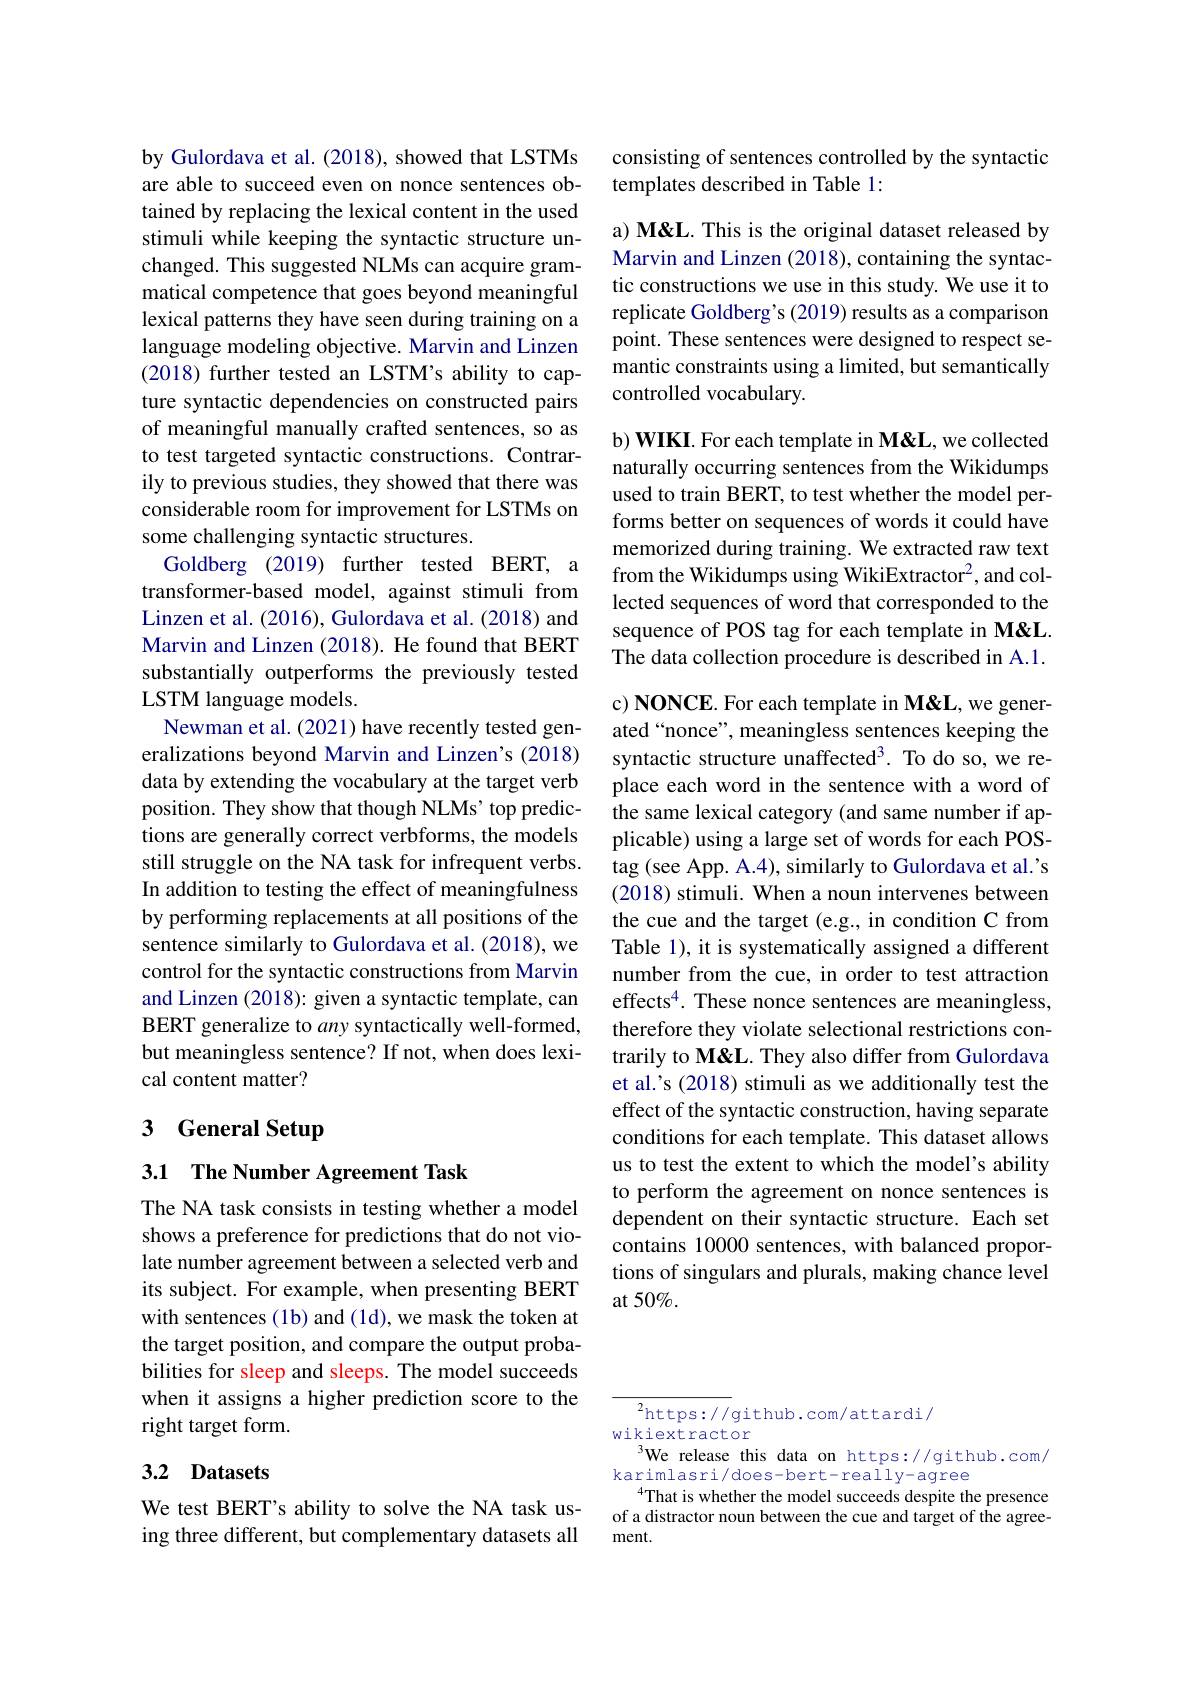
by Gulordava et al. (2018), showed that LSTMs are able to succeed even on nonce sentences obtained by replacing the lexical content in the used stimuli while keeping the syntactic structure unchanged. This suggested NLMs can acquire grammatical competence that goes beyond meaningful lexical patterns they have seen during training on a language modeling objective. Marvin and Linzen (2018) further tested an LSTM's ability to capture syntactic dependencies on constructed pairs of meaningful manually crafted sentences, so as to test targeted syntactic constructions. Contrarily to previous studies, they showed that there was considerable room for improvement for LSTMs on some challenging syntactic structures.
Goldberg (2019) further tested BERT, a transformer-based model, against stimuli from Linzen et al. (2016), Gulordava et al. (2018) and Marvin and Linzen (2018). He found that BERT substantially outperforms the previously tested LSTM language models.
Newman et al. (2021) have recently tested generalizations beyond Marvin and Linzen's (2018) data by extending the vocabulary at the target verb position. They show that though NLMs' top predictions are generally correct verbforms, the models still struggle on the NA task for infrequent verbs. In addition to testing the effect of meaningfulness by performing replacements at all positions of the sentence similarly to Gulordava et al. (2018), we control for the syntactic constructions from Marvin and Linzen (2018): given a syntactic template, can BERT generalize to any syntactically well-formed, but meaningless sentence? If not, when does lexical content matter?

## 3 General Setup

3.1 The Number Agreement Task

The NA task consists in testing whether a model shows a preference for predictions that do not violate number agreement between a selected verb and its subject. For example, when presenting BERT with sentences (1b) and (1d), we mask the token at the target position, and compare the output probabilities for sleep and sleeps. The model succeeds when it assigns a higher prediction score to the right target form.

### 3.2 Datasets

We test BERT's ability to solve the NA task using three different, but complementary datasets all

consisting of sentences controlled by the syntactic
templates described in Table 1:

a) M&L. This is the original dataset released by Marvin and Linzen (2018), containing the syntactic constructions we use in this study. We use it to replicate Goldberg's (2019) results as a comparison point. These sentences were designed to respect semantic constraints using a limited, but semantically controlled vocabulary.

b) WIKI. For each template in M&L, we collected naturally occurring sentences from the Wikidumps used to train BERT, to test whether the model performs better on sequences of words it could have memorized during training. We extracted raw text from the Wikidumps using WikiExtractor$^2$,and collected sequences of word that corresponded to the sequence of POS tag for each template in M&L. The data collection procedure is described in A.1.

c) NONCE. For each template in M&L, we generated“nonce”, meaningless sentences keeping the syntactic structure unaffected3. To do so, we replace each word in the sentence with a word of the same lexical category (and same number if applicable) using a large set of words for each POStag (see App. A.4), similarly to Gulordava et al.'s (2018) stimuli. When a noun intervenes between the cue and the target (e.g., in condition C from Table 1), it is systematically assigned a different number from the cue, in order to test attraction effects$^4.$ These nonce sentences are meaningless, therefore they violate selectional restrictions contrarily to M&L. They also differ from Gulordava et al.'s (2018) stimuli as we additionally test the effect of the syntactic construction, having separate conditions for each template. This dataset allows us to test the extent to which the model's ability to perform the agreement on nonce sentences is dependent on their syntactic structure. Each set contains 10000 sentences, with balanced proportions of singulars and plurals, making chance level at 50%.

${^2\mathrm{https://g}}$ithub.com/attardi/
wikiextractor
We release this data on https://github.com/
karimlasri/does-bert-really-agree
$^{4}$That is whether the model succeeds despite the presence of a distractor noun between the cue and target of the agreement.